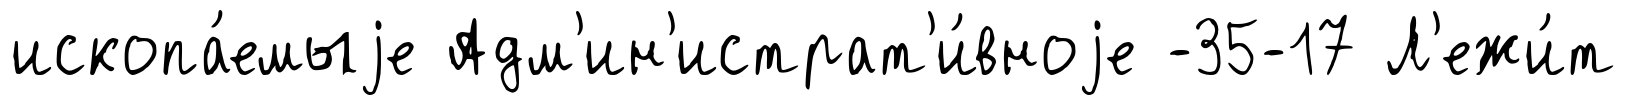
ископа́емыjе Адм'ин'истрат'и́вноjе -35-17 Л'ежи́т